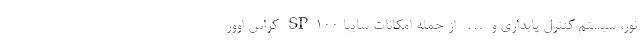
نور، سیستم کنترل پایداری و… از جمله امکانات سایپا SP100 کراس اوور